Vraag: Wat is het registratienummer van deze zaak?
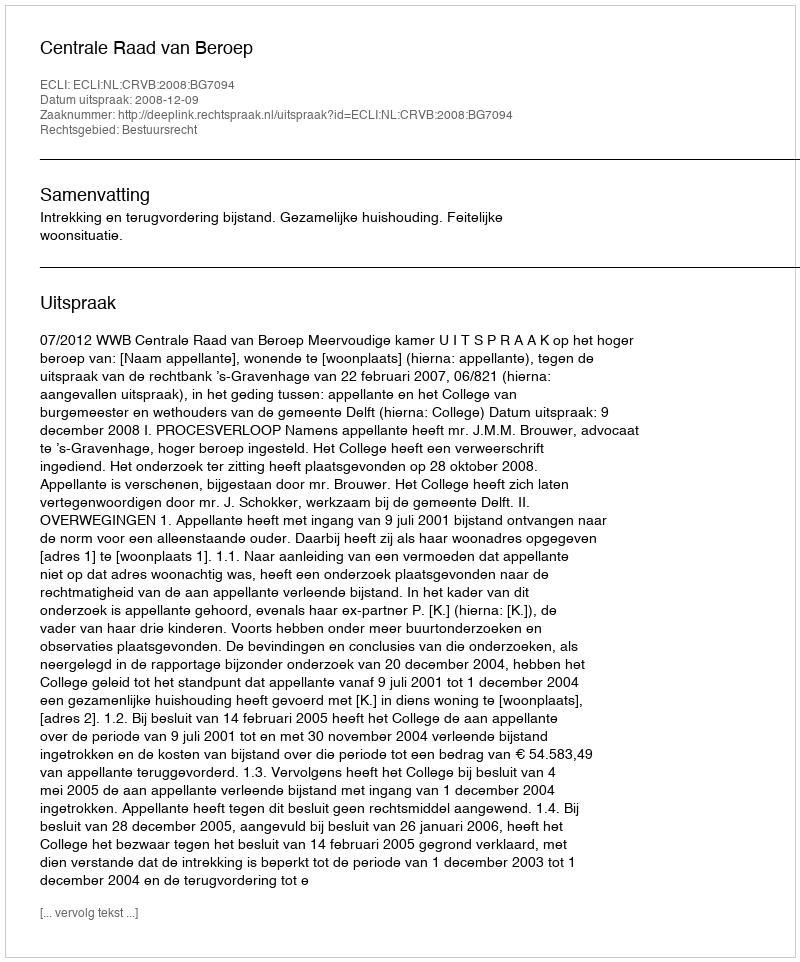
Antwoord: http://deeplink.rechtspraak.nl/uitspraak?id=ECLI:NL:CRVB:2008:BG7094